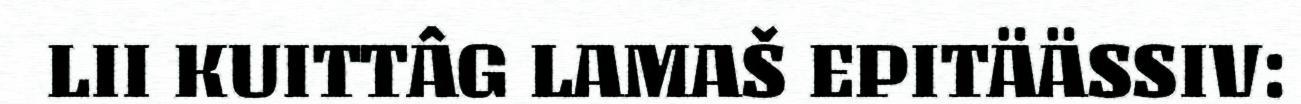
LII KUITTÂG LAMAŠ EPITÄÄSSIV: